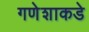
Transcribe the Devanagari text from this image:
गणेशाकडे